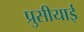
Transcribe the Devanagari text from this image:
प्रुसीयाई